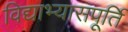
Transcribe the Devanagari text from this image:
विद्याभ्यासपूर्ति